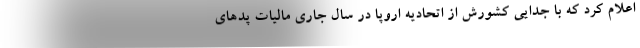
اعلام کرد که با جدایی کشورش از اتحادیه اروپا در سال جاری مالیات پدهای